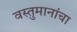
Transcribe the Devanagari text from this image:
वस्तुमानांचा